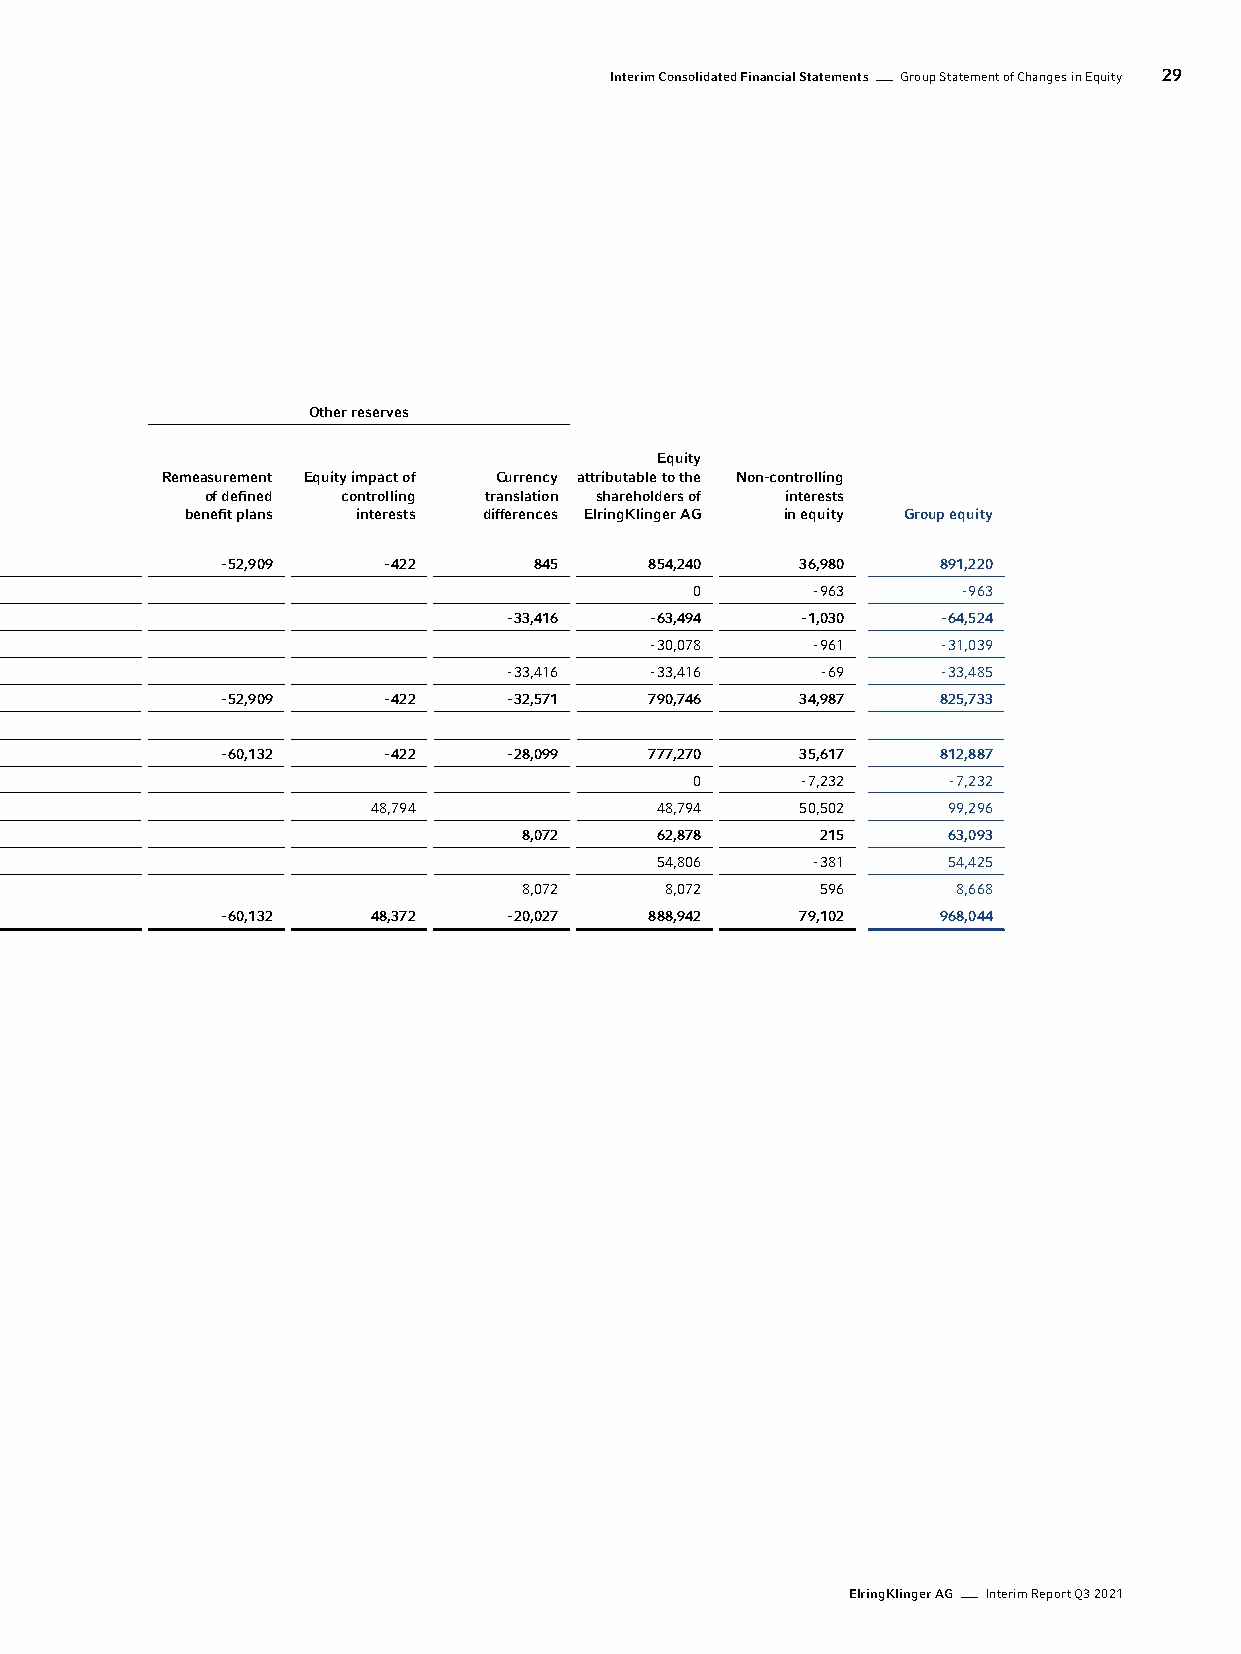
Interim Consolidated Financial Statements Group Statement of Changes in Equity 29
 Other reserves
 Equity
 Remeasurement Equity impact of Currency attributable to the Non-controlling
 Share Capital Revenue of defined controlling translation shareholders of interests
 EUR k capital reserves reserves benefit plans interests differences ElringKlinger AG in equity Group equity
 Balance as of Dec. 31, 2019 63,360 118,238 725,128 - 52,909 - 422 845 854,240 36,980 891,220
 Dividend distribution                         0       - 963     - 963
 Total comprehensive income - 30,078 - 33,416 - 63,494 - 1,030 - 64,524
 Net income - 30,078                        - 30,078   - 961   - 31,039
 Other comprehensive income        - 33,416 - 33,416   - 69    - 33,485
 Balance as of Sep. 30, 2020 63,360 118,238 695,050 - 52,909 - 422 - 32,571 790,746 34,987 825,733
 Balance as of Dec. 31, 2020 63,360 118,238 684,325 - 60,132 - 422 - 28,099 777,270 35,617 812,887
 Dividend distribution                         0      - 7,232   - 7,232
 Shares of non-controlling interests * 48,794 48,794  50,502    99,296
 Total comprehensive income 54,806  8,072   62,878     215      63,093
 Net income 54,806                          54,806     - 381    54,425
 Other comprehensive income         8,072    8,072     596      8,668
 Balance as of Sep. 30, 2021 63,360 118,238 739,131 - 60,132 48,372 - 20,027 888,942 79,102 968,044
 * Share of Plastic Omnium in EKPO Fuel Cell Technologies
 ElringKlinger AG Interim Report Q3 2021